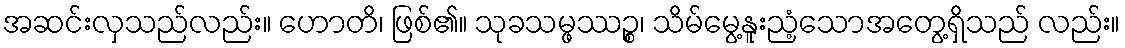
အဆင်းလှသည်လည်း။ ဟောတိ၊ ဖြစ်၏။ သုခသမ္ဖဿဉ္စ၊ သိမ်မွေ့နူးညံ့သောအတွေ့ရှိသည် လည်း။